Punjab Mental Hospital Lahore 1932-46 - 1932-1946
Year: 1932
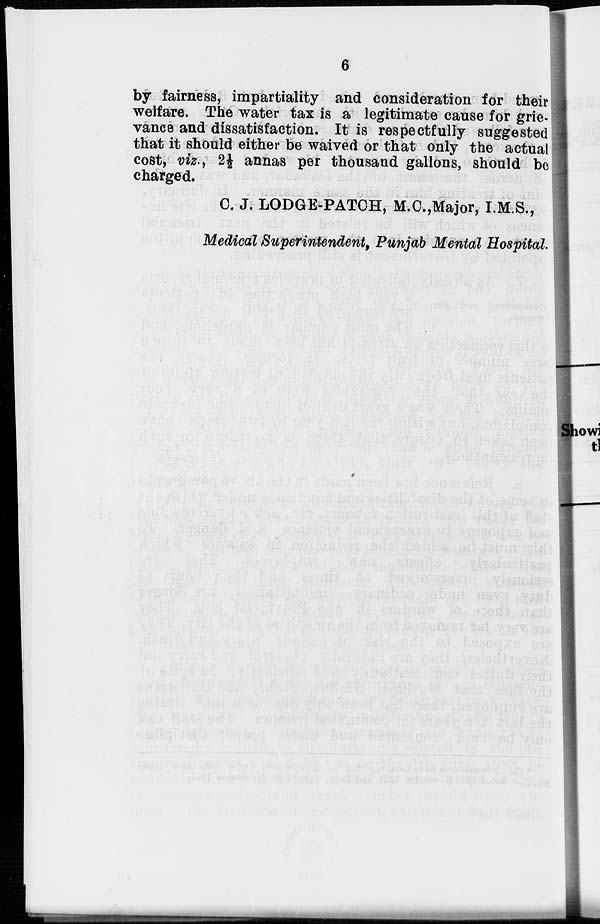
6
by fairness, impartiality and consideration for their
welfare. The water tax is a legitimate cause for grie-
vance and dissatisfaction. It is respectfully suggested
that it should either be waived or that only the actual
cost, viz. , 2½ annas per thousand gallons, should be
charged.
C. J. LODGE-PATCH, M.C.,Major, I.M.S.,
Medical Superintendent, Punjab Mental Hospital.